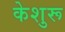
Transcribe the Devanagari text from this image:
केशुरू